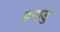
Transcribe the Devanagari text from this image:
इनाडु